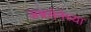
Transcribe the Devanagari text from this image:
अश्वसेनेच्या